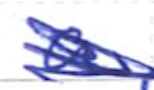
Text: a
Cross-out: mix
Writing tool: ballpoint